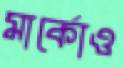
মার্কোও